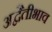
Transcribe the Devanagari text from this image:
अद्वैतीभाव